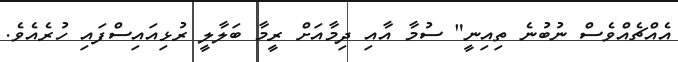
އެއްޗެއްވެސް ނުބުނެ ތިއިނީ" ސުމާ އާއި ދިމާއަށް ރީމާ ބަލާލީ ރުޅިއައިސްފައި ހުރެއެވެ.